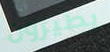
يطيرون